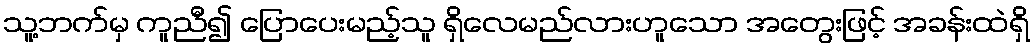
သူ့ဘက်မှ ကူညီ၍ ပြောပေးမည့်သူ ရှိလေမည်လားဟူသော အတွေးဖြင့် အခန်းထဲရှိ